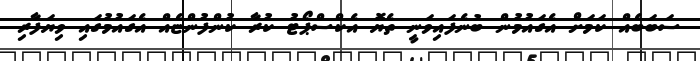
ސަބަބެއް ކަމަށް އެގައުމުން ބުނެފައިވަނީ ތެޔޮ އެކްސްޕޯޓު ކުރާ ކުންފުންޏެއް އެގައުމުގައި ވިޔަފާރި